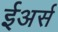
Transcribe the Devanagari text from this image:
ईअर्स